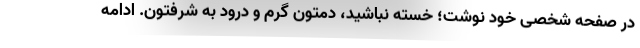
در صفحه شخصی خود نوشت؛ خسته نباشید، دمتون گرم و درود به شرفتون. ادامه